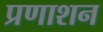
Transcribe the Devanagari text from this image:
प्रणाशन